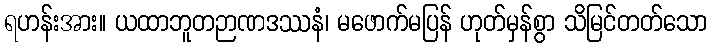
ရဟန်းအား။ ယထာဘူတဉာဏဒဿနံ၊ မဖောက်မပြန် ဟုတ်မှန်စွာ သိမြင်တတ်သော